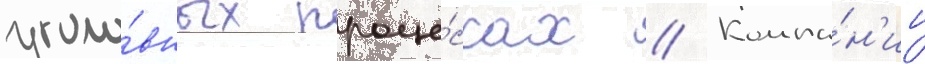
уголо́вных проце́ссах // Компа́н'ии